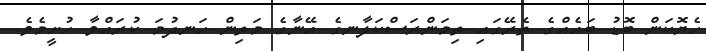
ހެޔޮކަން ބޮޑު ބައެއްގެ ތެރޭގައި ތިމަންރަސްކަލާނގެ އޭނާގެ މަތިން ހަނދުމަ ކުރައްވާ ހުށީމެވެ.